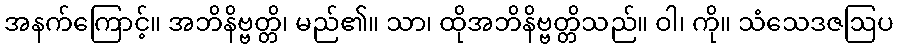
အနက်ကြောင့်။ အဘိနိဗ္ဗတ္တိ၊ မည်၏။ သာ၊ ထိုအဘိနိဗ္ဗတ္တိသည်။ ဝါ၊ ကို။ သံသေဒဇဩပ